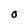
Character: O